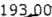
193.00